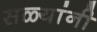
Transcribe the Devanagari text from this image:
सळ्यांनी